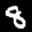
Label: 8